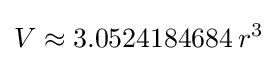
V\approx 3.0524184684\,r^{3}